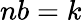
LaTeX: nb=k